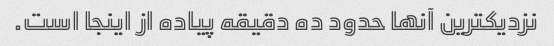
نزدیکترین آنها حدود ده دقیقه پیاده از اینجا است.